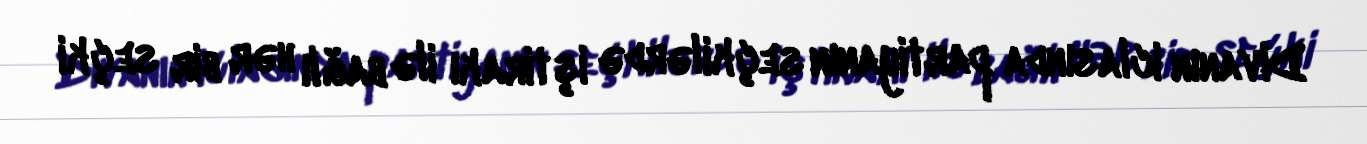
Divanın iclasında partiyanın seçkilərdə iştirakı ilə bağlı hər bir seçki